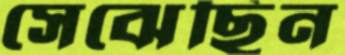
সেঝেছিন